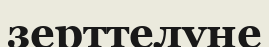
зерттелуне